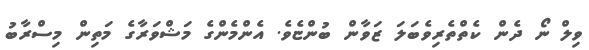
ވިލް ނޯ ދެން ކެތްތެރިވެބަލަ ޒަވާން ބުންޏެވެ. އެންމެންގެ މަޝްވަރާގެ މަތިން މިސްރާބު